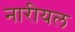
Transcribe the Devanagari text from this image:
नारीयल